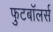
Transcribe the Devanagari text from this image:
फुटबॉलर्स